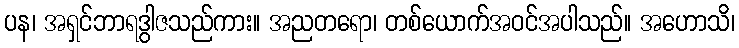
ပန၊ အရှင်ဘာရဒွါဇသည်ကား။ အညတရော၊ တစ်ယောက်အဝင်အပါသည်။ အဟောသိ၊